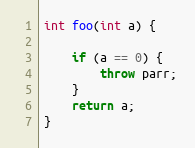
Language: C++
int foo(int a) {

    if (a == 0) {
        throw parr;
    }
    return a;
}